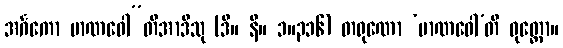
အင်္ဂကော မာဏဝေါ”တိအာဒီသု (ဒီ။ နိ။ ၁။၃၁၆) တရုဏော ‘မာဏဝေါ’တိ ဝုတ္တော။